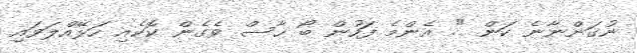
ނުގަންނާނެ ކަން ". އެންމެ ފަހުން ބޯ ހާސް ވެގެން ކޮކެއި ހަޅޭއްލަވައި